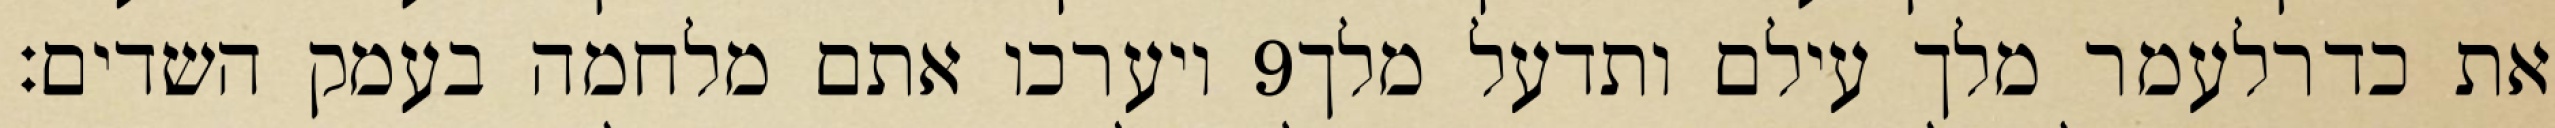
ויערכו אתם מלחמה בעמק השדים׃ ‎9‏ את כדרלעמר מלך עילם ותדעל מלך